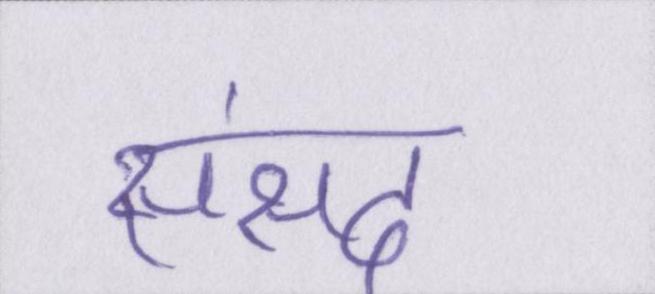
संसद